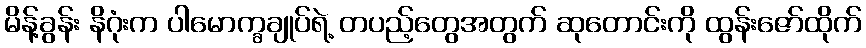
မိန့်ခွန်း နိဂုံးက ပါမောက္ခချုပ်ရဲ့ တပည့်တွေအတွက် ဆုတောင်းကို ထွန်းဇော်ထိုက်